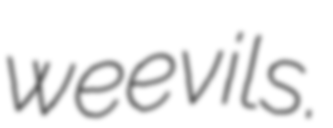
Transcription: weevils.